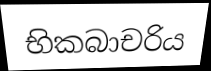
භිකබාචරිය